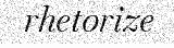
rhetorize